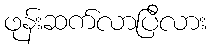
ဖုန်းဆက်လာပြီလား